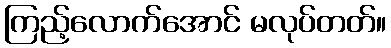
ကြည့်လောက်အောင် မလုပ်တတ်။